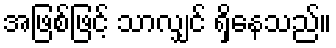
အဖြစ်ဖြင့် သာလျှင် ရှိနေသည်။